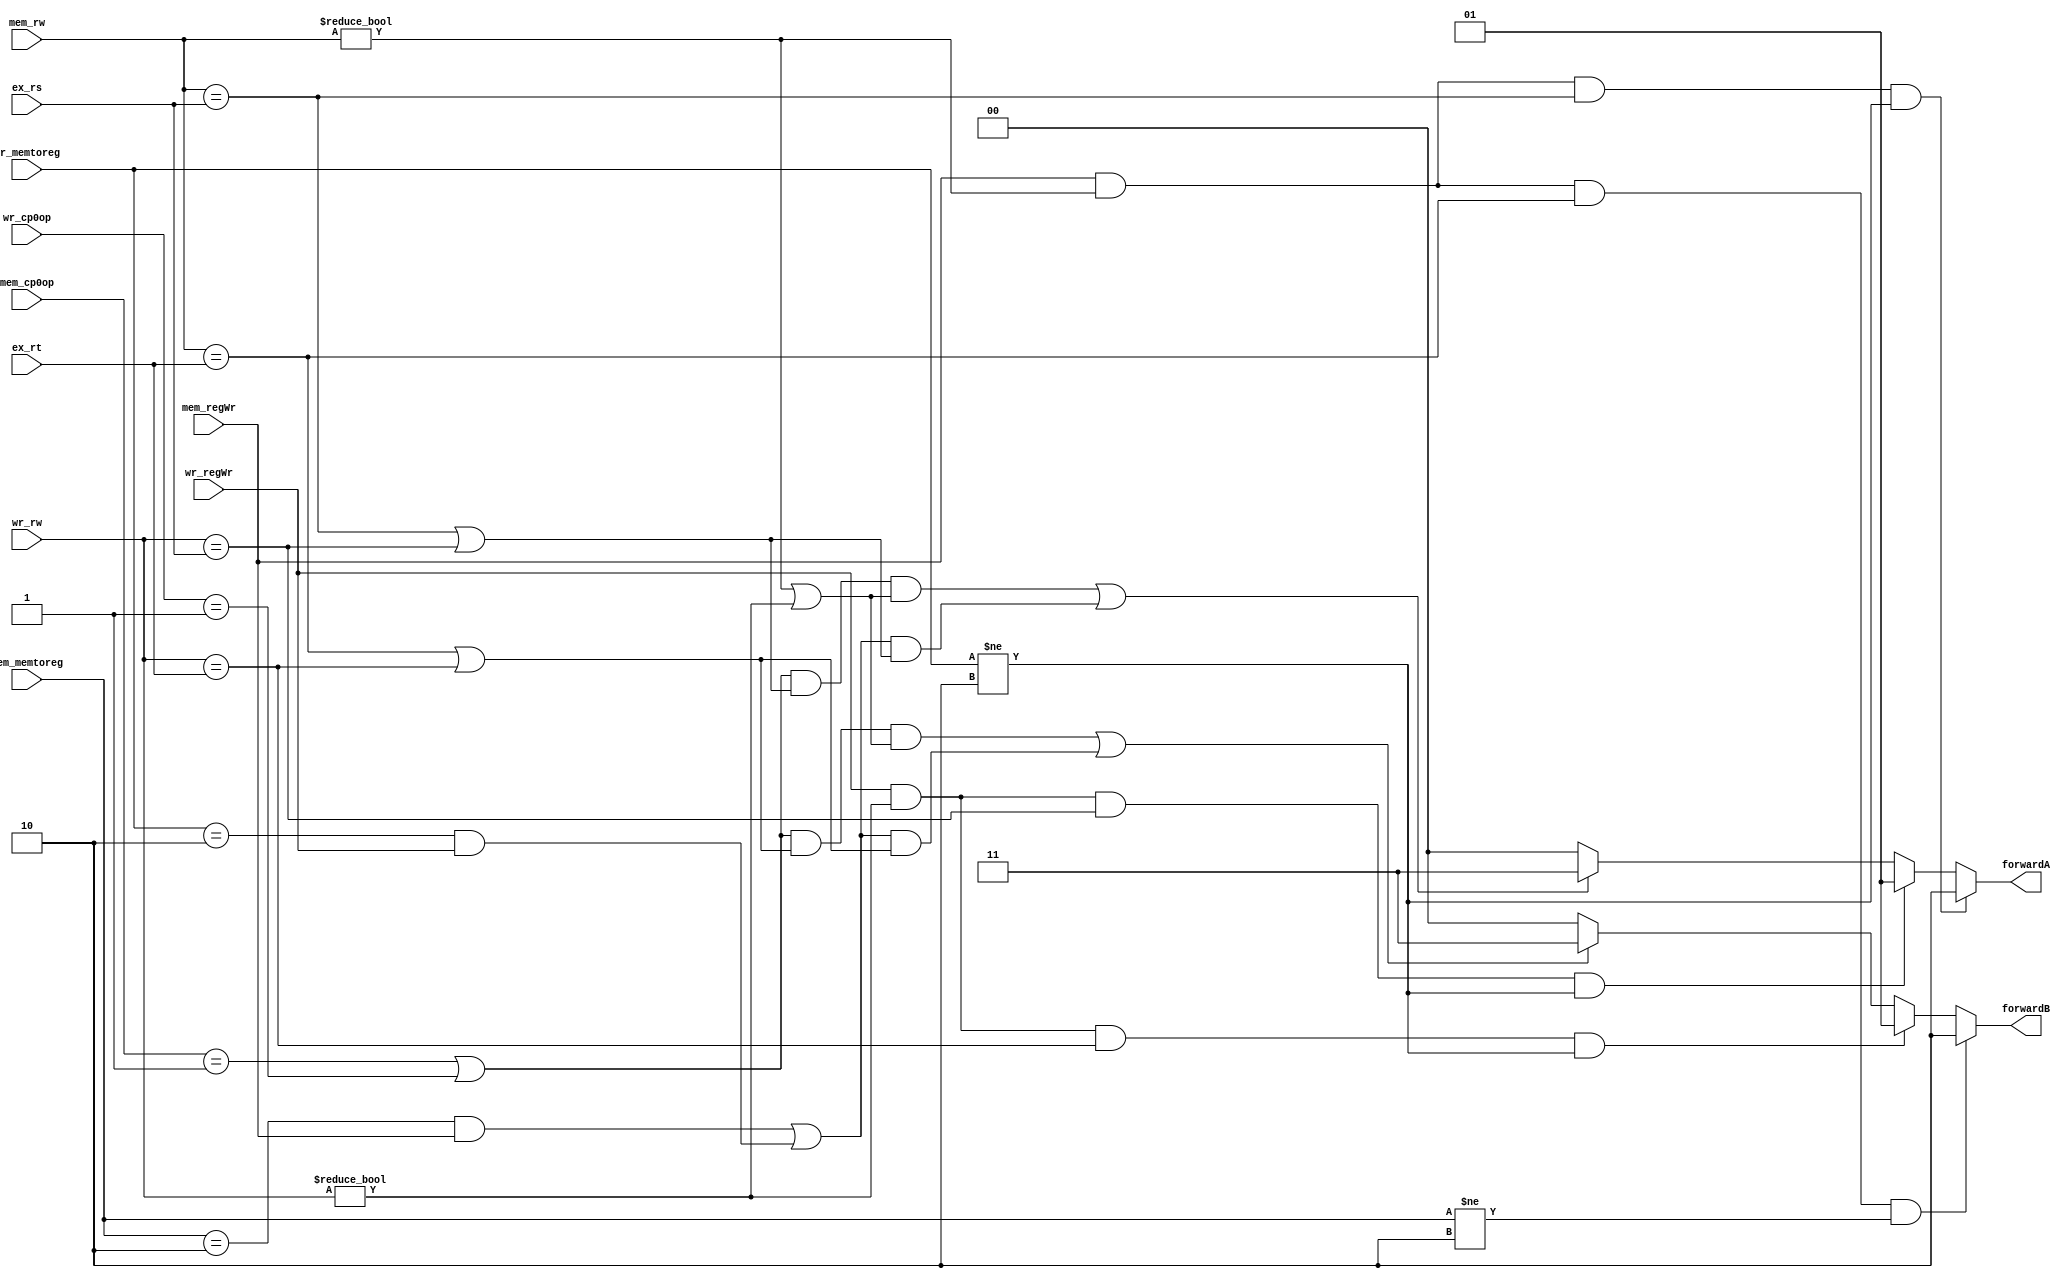
module forwardunit(ex_rs,ex_rt,mem_rw,mem_regWr,mem_memtoreg,mem_cp0op,wr_rw,wr_regWr,wr_memtoreg,wr_cp0op,forwardA,forwardB);  

input wire[4:0] ex_rs,ex_rt,mem_rw,wr_rw;
input wire[2:0] mem_cp0op,wr_cp0op;
input wire mem_regWr,wr_regWr;
input wire[1:0] mem_memtoreg,wr_memtoreg;

output reg[1:0] forwardA,forwardB;

initial begin
	forwardA = 2'd0;
	forwardB = 2'd0;
end

always@(*) begin
	if(mem_regWr == 1 && mem_rw != 0 && mem_rw == ex_rs && wr_memtoreg!=2)
	begin
		forwardA = 2'b10;
	end
	else if(wr_regWr == 1 && wr_rw != 0 && wr_rw == ex_rs  && wr_memtoreg!=2)
	begin
		forwardA = 2'b01;
	end
	else if(((mem_cp0op == 3'b001||wr_cp0op == 3'b001) && (mem_rw == ex_rs || wr_rw == ex_rs) && (mem_rw != 0 || wr_rw != 0))||(((mem_memtoreg == 2'd2 && mem_regWr == 1)||(wr_memtoreg == 2'd2 && wr_regWr == 1)) && (mem_rw == ex_rs || wr_rw == ex_rs)))
	begin
		forwardA = 2'b11;
	end
	else begin
		forwardA = 2'b00;
	end

	if(mem_regWr == 1 && mem_rw != 0 && mem_rw == ex_rt && mem_memtoreg!=2)
	begin
		forwardB = 2'b10;
	end
	else if(wr_regWr == 1 && wr_rw != 0 && wr_rw == ex_rt && wr_memtoreg!=2)
	begin
		forwardB = 2'b01;
	end
	else if(((mem_cp0op == 3'b001||wr_cp0op == 3'b001) && (mem_rw == ex_rt || wr_rw == ex_rt) && (mem_rw != 0 || wr_rw != 0))||(((mem_memtoreg == 2'd2 && mem_regWr == 1)||(wr_memtoreg == 2'd2 && wr_regWr == 1)) && (mem_rw == ex_rt || wr_rw == ex_rt)))
	begin
		forwardB = 2'b11;
	end
	else begin
		forwardB = 2'b00;
	end
end

endmodule